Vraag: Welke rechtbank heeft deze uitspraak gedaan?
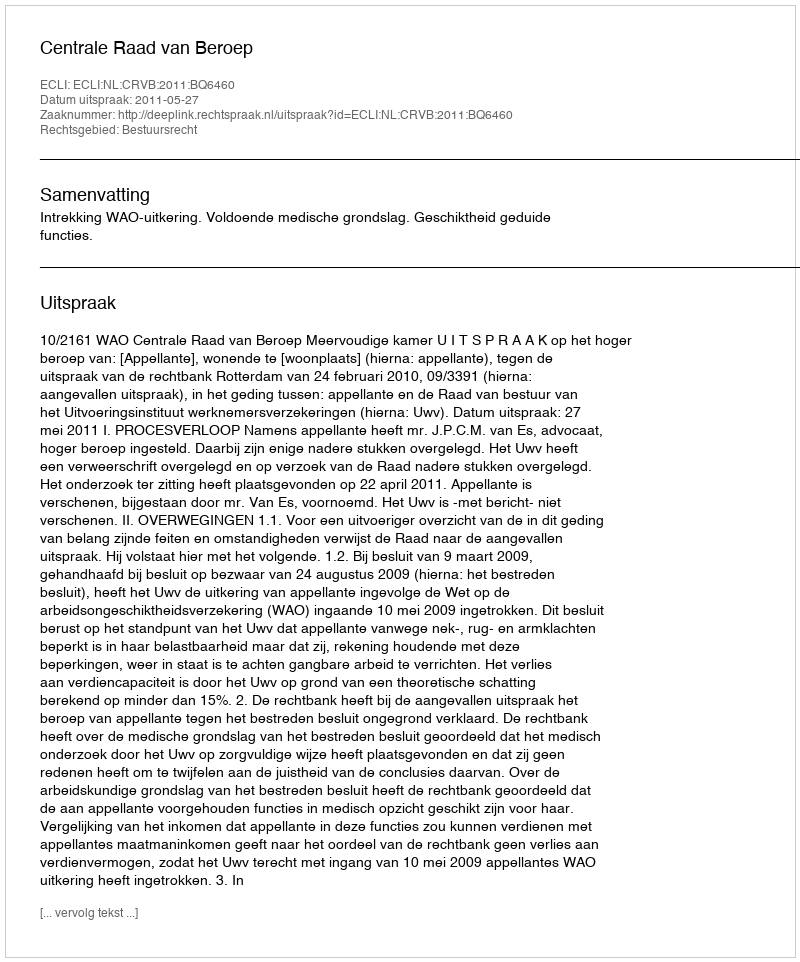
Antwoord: Centrale Raad van Beroep